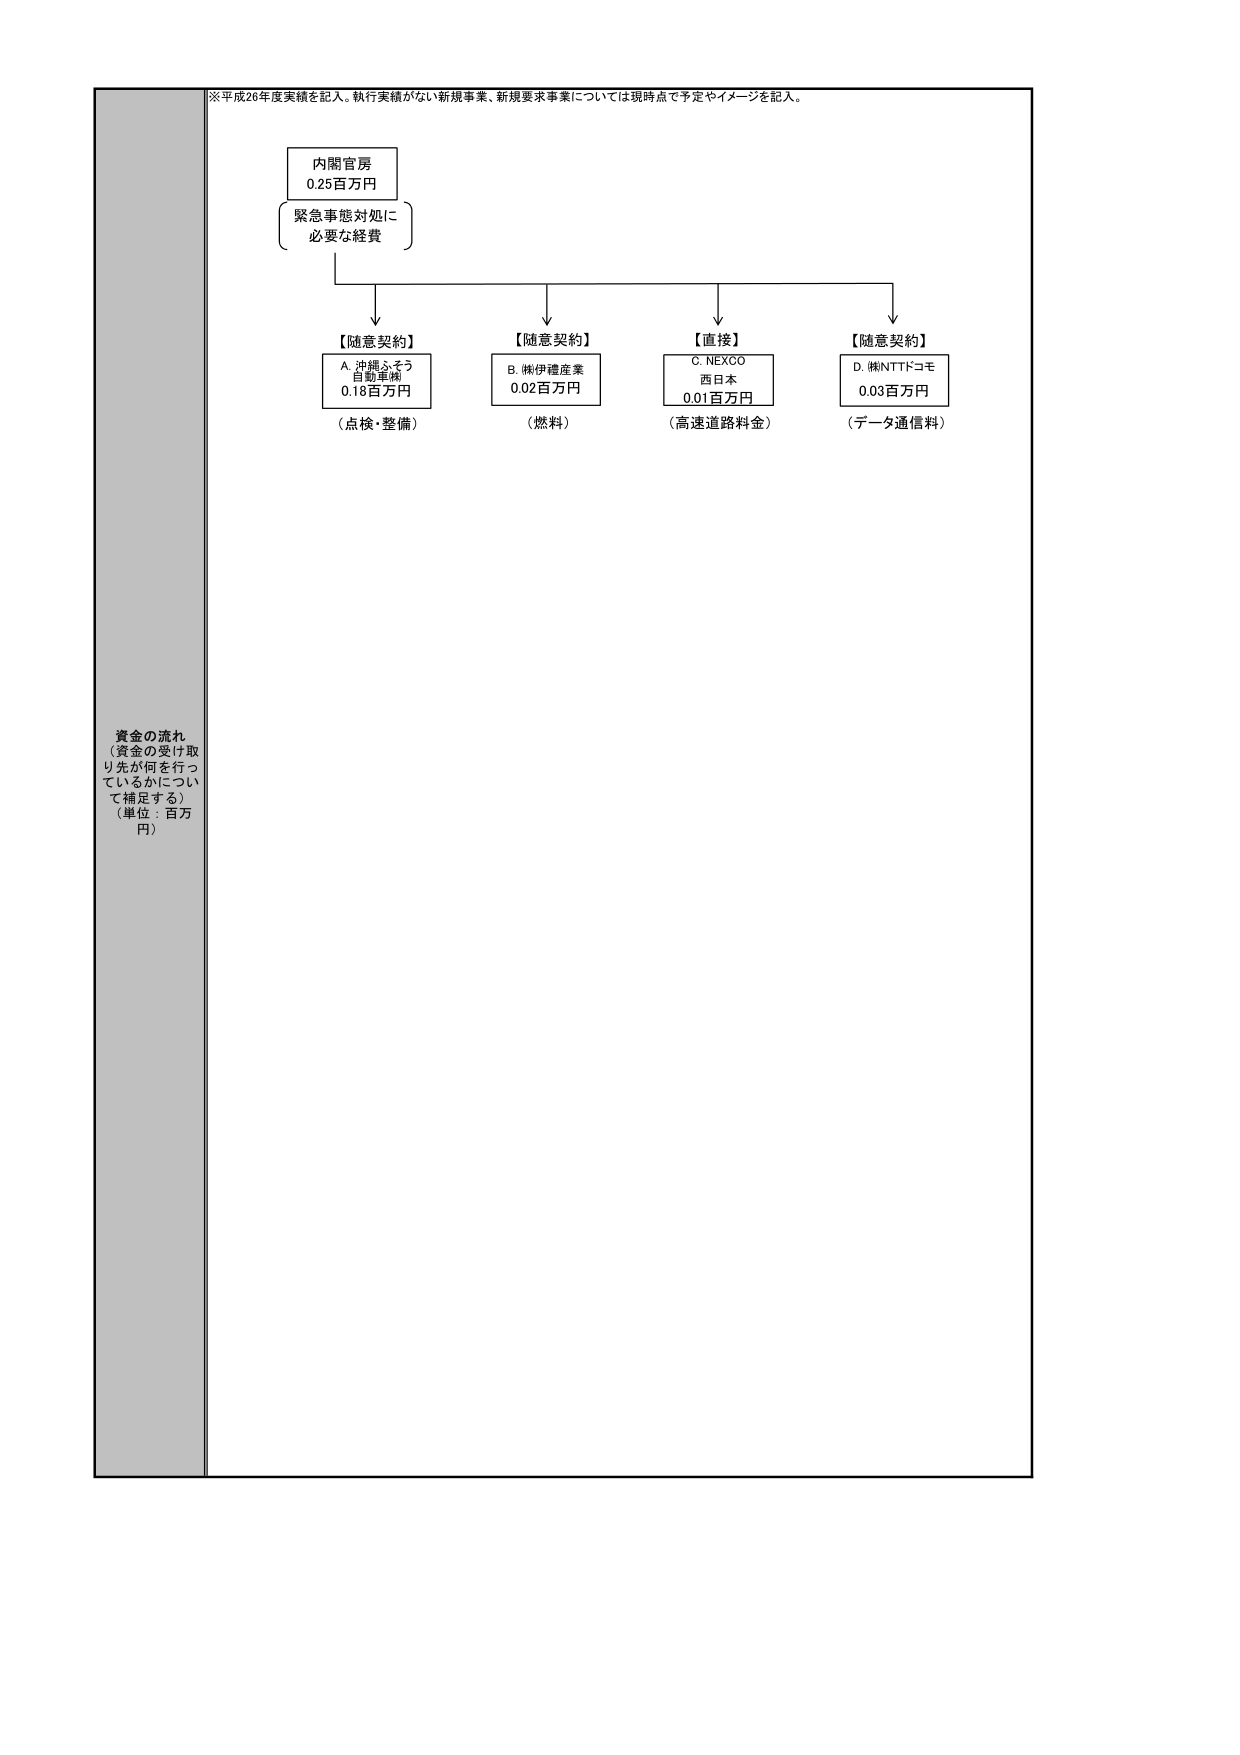
※平成26年度実績を記入。執行実績がない新規事業、新規要求事業については現時点で予定やイメージを記入。

内閣官房
0.25百万円
緊急事態対処に
必要な経費

【随意契約】
A. 沖縄ふそう
自動車㈱
0.18百万円
（点検・整備）

【随意契約】
B. ㈱伊藤産業
0.02百万円
（燃料）

【直接】
C. NEXCO
西日本
0.01百万円
（高速道路料金）

【随意契約】
D. ㈱NTTドコモ
0.03百万円
（データ通信料）

資金の流れ
（資金の受け取り先が何を行っているかについて補足する）
（単位：百万円）